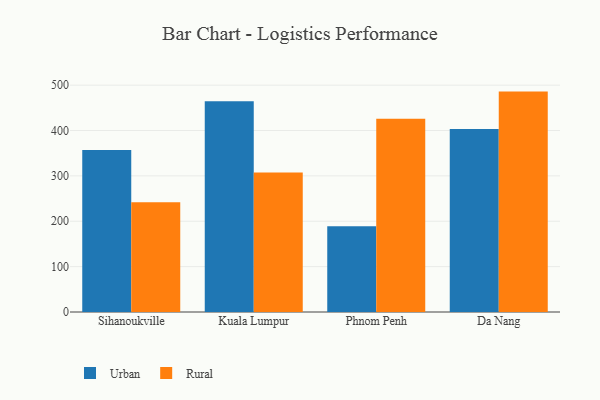
{"axis": {"x": "City", "y": "Demand Index"}, "legend": ["Rural", "Urban"], "data": [{"x": "Sihanoukville", "y": 357.0, "type": "Urban"}, {"x": "Sihanoukville", "y": 241.8, "type": "Rural"}, {"x": "Kuala Lumpur", "y": 464.7, "type": "Urban"}, {"x": "Kuala Lumpur", "y": 307.7, "type": "Rural"}, {"x": "Phnom Penh", "y": 188.9, "type": "Urban"}, {"x": "Phnom Penh", "y": 426.1, "type": "Rural"}, {"x": "Da Nang", "y": 403.1, "type": "Urban"}, {"x": "Da Nang", "y": 485.8, "type": "Rural"}]}